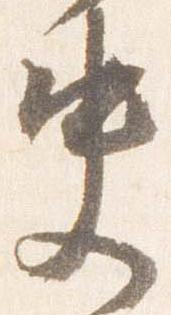
史